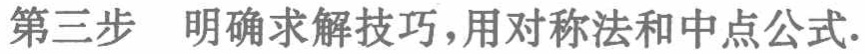
第三步 明确求解技巧，用对称法和中点公式.